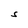
Character: S